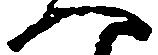
へ